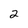
Character: 2